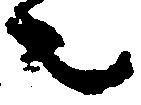
者